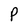
Character: P